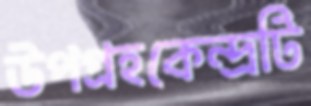
উপগ্রহকেন্দ্রটি